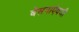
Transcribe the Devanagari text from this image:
बेसनाऐवजी